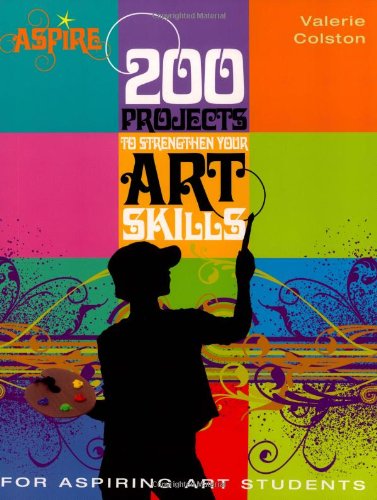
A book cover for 200 Projects to Strengthen Your Art Skills: For Aspiring Art Students (Aspire Series); Valerie Colston; Arts & Photography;